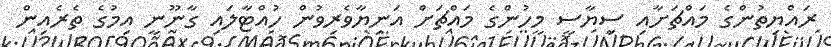
ރައްޔިތުންގެ މައްޗަށާއި ސިޔާސީ މީހުންގެ މައްޗަށް އަނިޔާވެރިވުން ހުއްޓާލައި ގާނޫނީ އިމުގެ ތެރެއިން